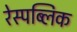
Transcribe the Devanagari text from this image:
रेस्पब्लिक